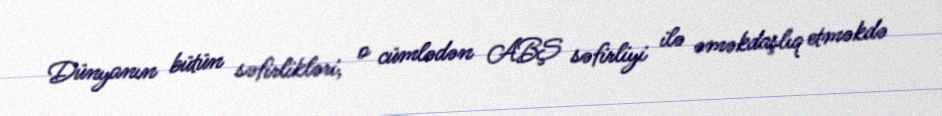
Dünyanın bütün səfirlikləri, o cümlədən ABŞ səfirliyi ilə əməkdaşlıq etməkdə